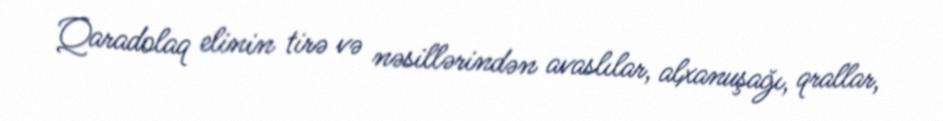
Qaradolaq elinin tirə və nəsillərindən avaslılar, alxanuşağı, qrallar,